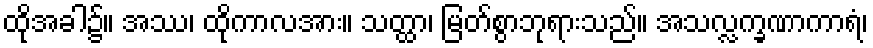
ထိုအခါ၌။ အဿ၊ ထိုကာလအား။ သတ္ထာ၊ မြတ်စွာဘုရားသည်။ အသလ္လက္ခဏာကာရံ၊